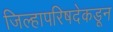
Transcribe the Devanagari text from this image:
जिल्हापरिषदेकडून